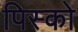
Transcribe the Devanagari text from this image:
पिस्को